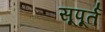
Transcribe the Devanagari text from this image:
सूपूर्त